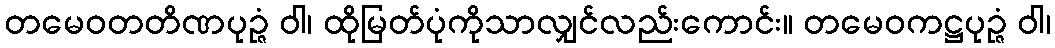
တမေဝတတိဏပုဉ္ဇံ ဝါ၊ ထိုမြတ်ပုံကိုသာလျှင်လည်းကောင်း။ တမေဝကဋ္ဌပုဉ္ဇံ ဝါ၊